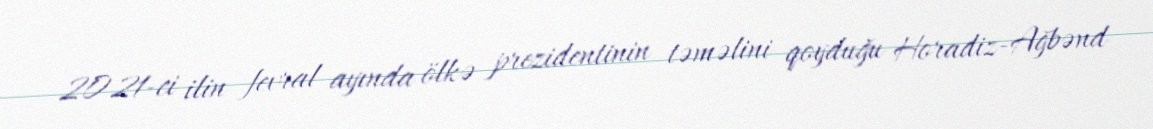
2021-ci ilin fevral ayında ölkə prezidentinin təməlini qoyduğu Horadiz-Ağbənd